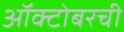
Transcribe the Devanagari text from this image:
ऑक्टोबरची